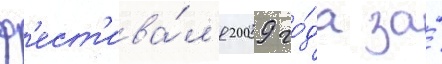
ф'ест'ива́л'я 2009 го́да за́